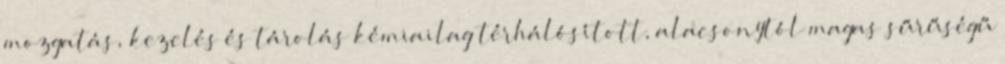
mozgatás, kezelés és tárolás kémiailag térhálósított, alacsonytól magas sűrűségű